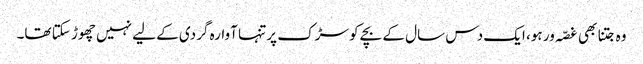
وہ جتنا بھی غصّہ ور ہو، ایک دس سال کے بچے کو سڑک پر تنہا آوارہ گردی کے لیے نہیں چھوڑ سکتا تھا۔